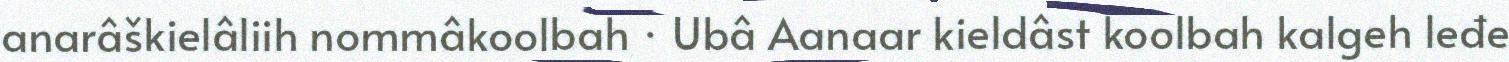
anarâškielâliih nommâkoolbah · Ubâ Aanaar kieldâst koolbah kalgeh leđe